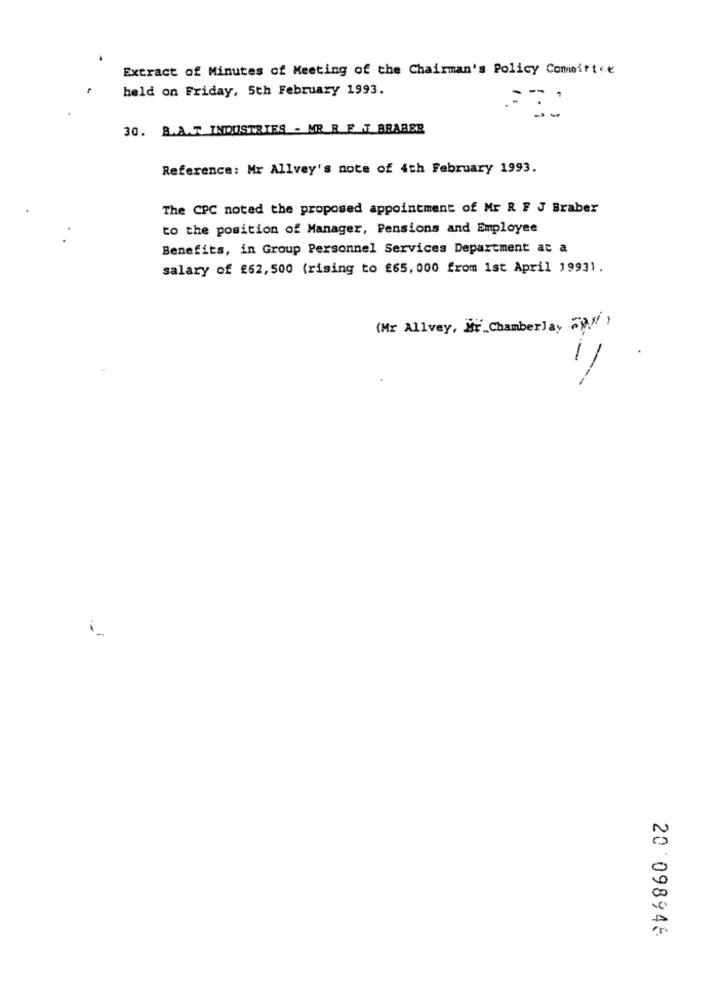
Extract of Minutes of Meeting of the Chairman's Policy Committee
held on Friday, 5th February 1993.
30. B.A.T. INDUSTRIES - MR R E -T BRABER
Reference: Mr Allvey's note of 4th February 1993.
The CPC noted the proposed appointment of Mr R F J Braber
to the position of Manager, Pensions and Employee
Benefits, in Group Personnel Services Department at a
salary of $62,500 (rising to $65, 000 from 1st April 1993) .
(Mr Allvey, Mr_Chamberlay TYM )
20 098946